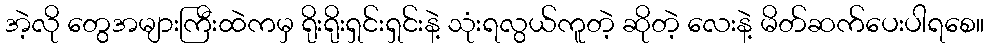
အဲ့လို တွေအများကြီးထဲကမှ ရိုးရိုးရှင်းရှင်းနဲ့ သုံးရလွယ်ကူတဲ့ ဆိုတဲ့ လေးနဲ့ မိတ်ဆက်ပေးပါရစေ။